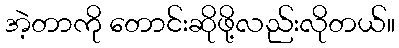
အဲ့တာကို တောင်းဆိုဖို့လည်းလိုတယ်။